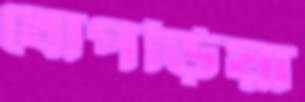
ধোপড়িয়া